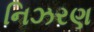
નિઝરણ